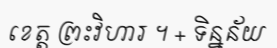
ខេត្ត ព្រះវិហារ ។ + ទិន្នន័យ